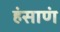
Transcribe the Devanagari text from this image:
हंसाणं